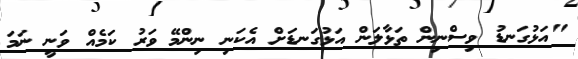
"އަޅުގަނޑު ވިސްނިން ތަޅާލަން އަޅުގަނޑަށް އެކަނި ނިންމޭ ވަރު ކަމެއް ވަނީ ނަމަ